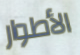
الأطوار